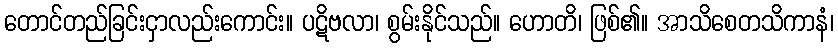
တောင်တည်ခြင်းငှာလည်းကောင်း။ ပဋိဗလာ၊ စွမ်းနိုင်သည်။ ဟောတိ၊ ဖြစ်၏။ အာသိစေတသိကာနံ၊